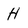
Character: H